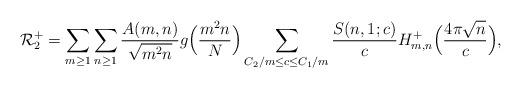
LaTeX: \begin{align*}\mathcal{R}_2^+= \sum_{m \geq 1}\sum_{n \geq 1} \frac{A(m,n)}{\sqrt{m^2 n}}g\Big(\frac{m^2 n}{N}\Big)\sum_{C_2/m \leq c \leq C_1/m} \frac{S(n,1;c)}{c}H_{m,n}^+ \Big( \frac{4\pi \sqrt{n}}{c} \Big),\end{align*}